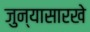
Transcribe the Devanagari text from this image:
जुन्यासारखे